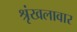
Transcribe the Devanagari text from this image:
श्रृंखलावार